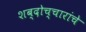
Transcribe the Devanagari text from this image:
शब्दोच्चारांचे